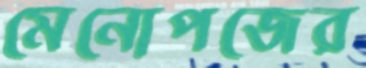
মেনোপজের